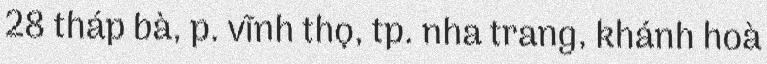
28 tháp bà, p. vĩnh thọ, tp. nha trang, khánh hoà